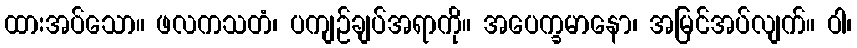
ထားအပ်သော။ ဖလကသတံ၊ ပကျဉ်ချပ်အရာကို။ အပေက္ခမာနော၊ အမြင်အပ်လျက်။ ဝါ၊